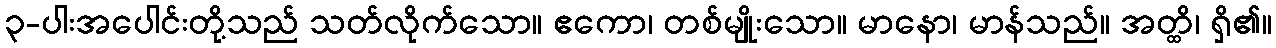
၃-ပါးအပေါင်းတို့သည် သတ်လိုက်သော။ ဧကော၊ တစ်မျိုးသော။ မာနော၊ မာန်သည်။ အတ္ထိ၊ ရှိ၏။